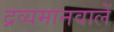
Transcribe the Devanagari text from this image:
द्रव्यमानवालें